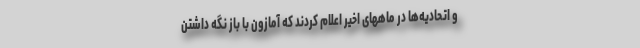
و اتحادیه‌ها در ماههای اخیر اعلام کردند که آمازون با باز نگه داشتن